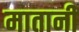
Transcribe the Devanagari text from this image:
मातानी